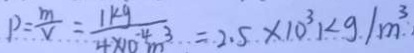
1 0 = \frac { m } { v } = \frac { 1 k g } { 4 \times 1 0 ^ { - 4 } m ^ { 3 } } = 2 . 5 . \times 1 0 ^ { 3 } 1 < g . 1 m ^ { 3 }